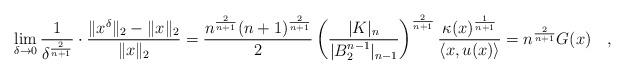
LaTeX: \begin{align*}\lim_{\delta\rightarrow 0}\frac{1}{\delta^{\frac{2}{n+1}}}\cdot \frac{\|x^{\delta}\|_2-\|x\|_2}{\|x\|_2}=\frac{n^{\frac{2}{n+1}}(n+1)^{\frac{2}{n+1}}}{2}\left(\frac{|K|_n}{|B_2^{n-1}|_{n-1}}\right)^{\frac{2}{n+1}}\frac{\kappa(x)^{\frac{1}{n+1}}}{\langle x, u(x)\rangle}=n^{\frac{2}{n+1}}G(x)\quad,\end{align*}